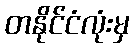
တနိုင်ငံလုံးမှ